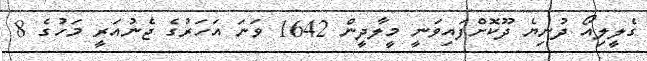
ގެލީލިއޯ ދުނިޔެ ދޫކޮށްފައިވަނީ މީލާދީން 1642 ވަނަ އަހަރުގެ ޖެނުއަރީ މަހުގެ 8